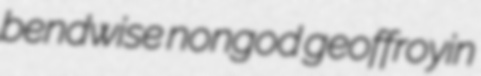
bendwise nongod geoffroyin